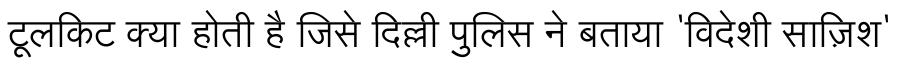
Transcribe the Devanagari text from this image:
टूलकिट क्या होती है जिसे दिल्ली पुलिस ने बताया 'विदेशी साज़िश'